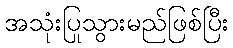
အသုံးပြုသွားမည်ဖြစ်ပြီး